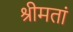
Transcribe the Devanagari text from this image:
श्रीमतां